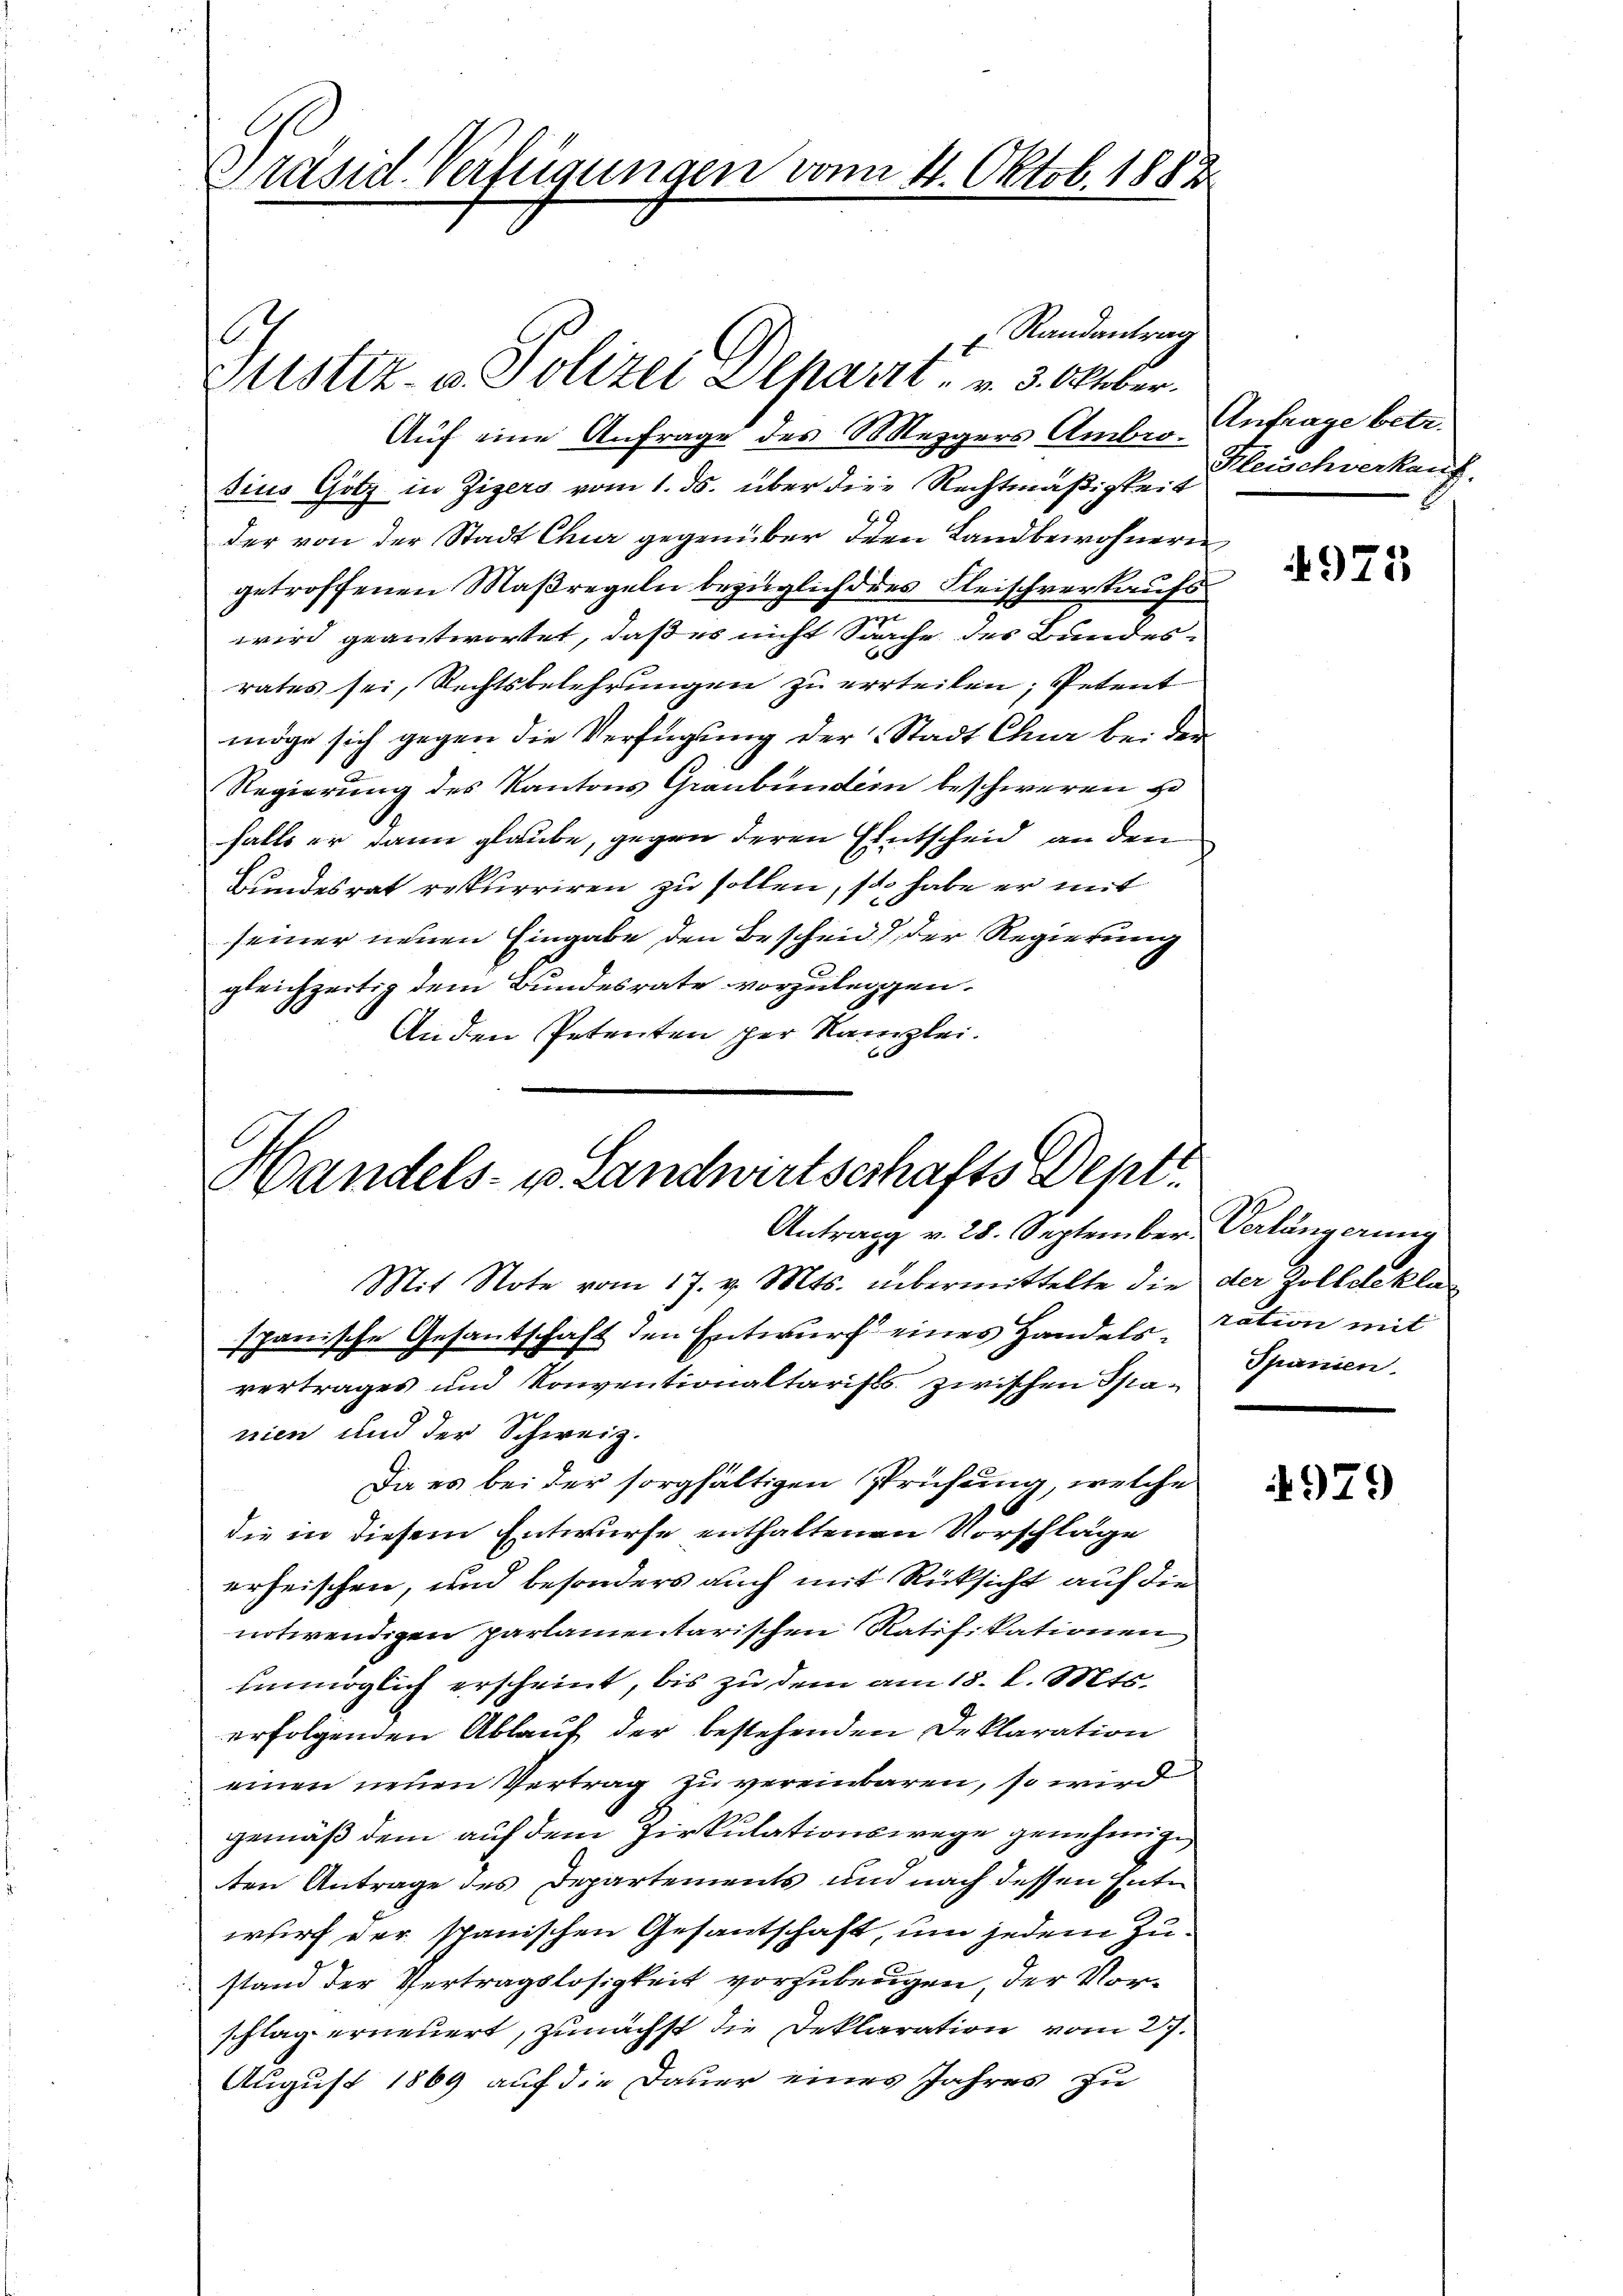
Präsid. Verfügungen vom 4. Oktob. 1882

Randantrag
Justiz- u. Polizei Schaut. v. 3. Oktober.
Auf eine Anfrage des Mezgers Ambro Antrage betr.
sius Götz in Zizers vom 1. ds. über die Rechtmäßigkeit
der von der Stadt Chur gegenüber den Landbewohnern
getroffenen Maßregeln bezüglich des Fleischverkaufs
wird geantwortet, daß es nicht Sache des Bundes-
rates sei, Rechtsbelehrungen zu errteilen, Petent
möge sich gegen die Verfügung der Stadt Chur bei der
Regierung des Kantons Graubünden beschweren u
falls er dann glaube, gegen deren Entscheid an den
Bundesrat rekurriren zu sollen, so habe er mit
seiner neuen Eingabe den Bescheid) der Regierung
gleichzeitig dem Bundesrate vorzulegen.
Anden Petenten per Kanzlei.

. C.

Handels- u. Landwirtschafts Dept.
Antrag v. 28. September Verlängerung
Mit Note vom 17. v. Mts. übermittelte die der Zolldekla¬

spanische Gesantschaft den Entwurf eines Handels-tation mit
vertrages und Konventionaltarists zwischen Spanien und der Schweiz.
Da es bei der sorgfältigen Prüfung, welche
die in diesem Entwurfe enthaltenen Vorschläge
erheischen, und besonders auch mit Rücksicht auf die
notwendigen parlamentarischen Ratifikationen
unmöglich erscheint, bis zu dem am 18. d. Mts.
erfolgenden Ablauf der bestehenden Deklaration
einen neuen Vertrag zu vereinbaren, so wird
gemäß dem auf dem Zirkulationswege genehmige
ten Antrage des Departements und nach dessen Ente
wurf der spanischen Gesantschaft, um jedem Zustand der Vertragslosigkeit vorzuberigen, der Vorschlag erneuert, zunächst die Deklaration vom 27.
August 1869 auf die Dauer eines Jahres zu

Kleischverkauf.

4971

Spanien.

4979